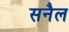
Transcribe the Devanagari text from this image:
सनैल